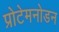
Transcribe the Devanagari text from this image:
प्रोटेमनोडन